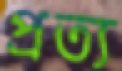
প্রত্য